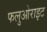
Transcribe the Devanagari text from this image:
फलुओराइट